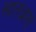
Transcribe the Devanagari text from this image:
सातधारा